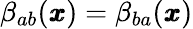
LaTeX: {\beta}_{ab}({\pmb x})={\beta}_{ba}({\pmb x})